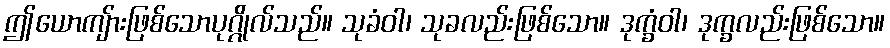
ဤယောကျ်ားဖြစ်သောပုဂ္ဂိုလ်သည်။ သုခံဝါ၊ သုခလည်းဖြစ်သော။ ဒုက္ခံဝါ၊ ဒုက္ခလည်းဖြစ်သော။